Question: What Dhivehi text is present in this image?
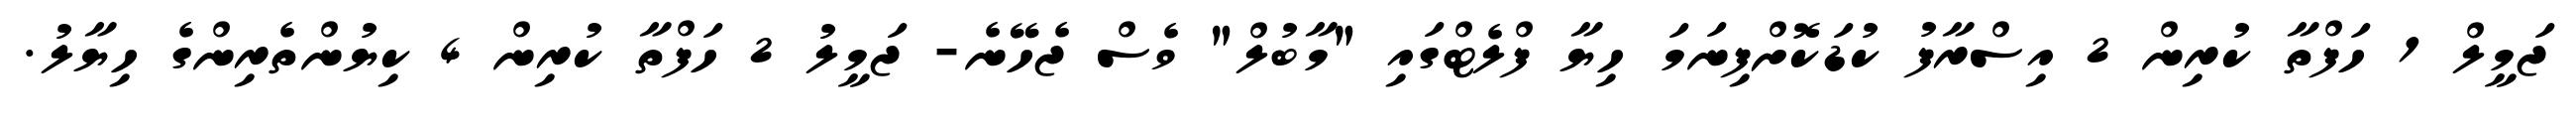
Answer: ޖަމީލް 1 ހަފްތާ ކުރިން 2 އިސްރާފު ކުޑަކޮށްފިނަމަ ހިޔާ ފްލެޓްގައި "މާބުލް" ވެސް ޖެހޭނެ- ޖަމީލު 2 ހަފްތާ ކުރިން 4 ކިޔުންތެރިންގެ ހިޔާލު.